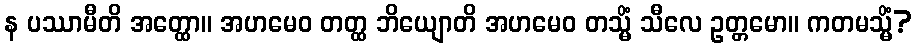
န ပဿာမီတိ အတ္ထော။ အဟမေဝ တတ္ထ ဘိယျောတိ အဟမေဝ တသ္မိံ သီလေ ဥတ္တမော။ ကတမသ္မိံ?